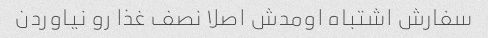
سفارش اشتباه اومدش اصلا نصف غذا رو نیاوردن